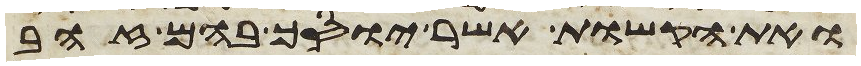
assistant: ואת הקשות אשר יוסך בהם זהב